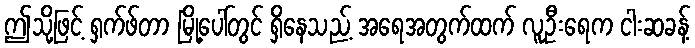
ဤသို့ဖြင့် ရှက်ဖ်တာ မြို့ပေါ်တွင် ရှိနေသည့် အရေအတွက်ထက် လူဦးရေက ငါးဆခန့်